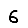
Digit: 6